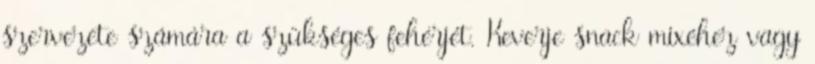
szervezete számára a szükséges fehérjét. Keverje snack mixéhez vagy